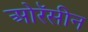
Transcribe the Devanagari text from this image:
ओरॅसीन